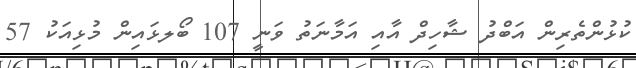
ކުޅުންތެރިން އަބްދު ޝާހިދް އާއި އަމާނަތު ވަނީ 107 ބޯލޅައިން މުޅިއަކު 57